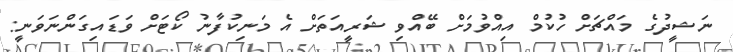
ނަޝީދުގެ މައްޗަށް ހުކުމް އިއްވުމަށް ބޭއްވި ޝަރީއަތަށް އެ މަނިކުފާނު ކޯޓަށް ވަޑައިގަންނަވަނީ: